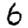
Digit: 6